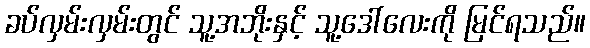
ခပ်လှမ်းလှမ်းတွင် သူ့အဘိုးနှင့် သူ့ဒေါ်လေးကို မြင်ရသည်။